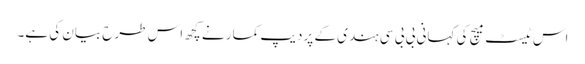
اس ٹیسٹ میچ کی کہانی بی بی سی ہندی کے پردیپ کمار نے کچھ اس طرح بیان کی ہے۔